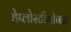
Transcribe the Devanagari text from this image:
हेप्लोस्टीमोनस